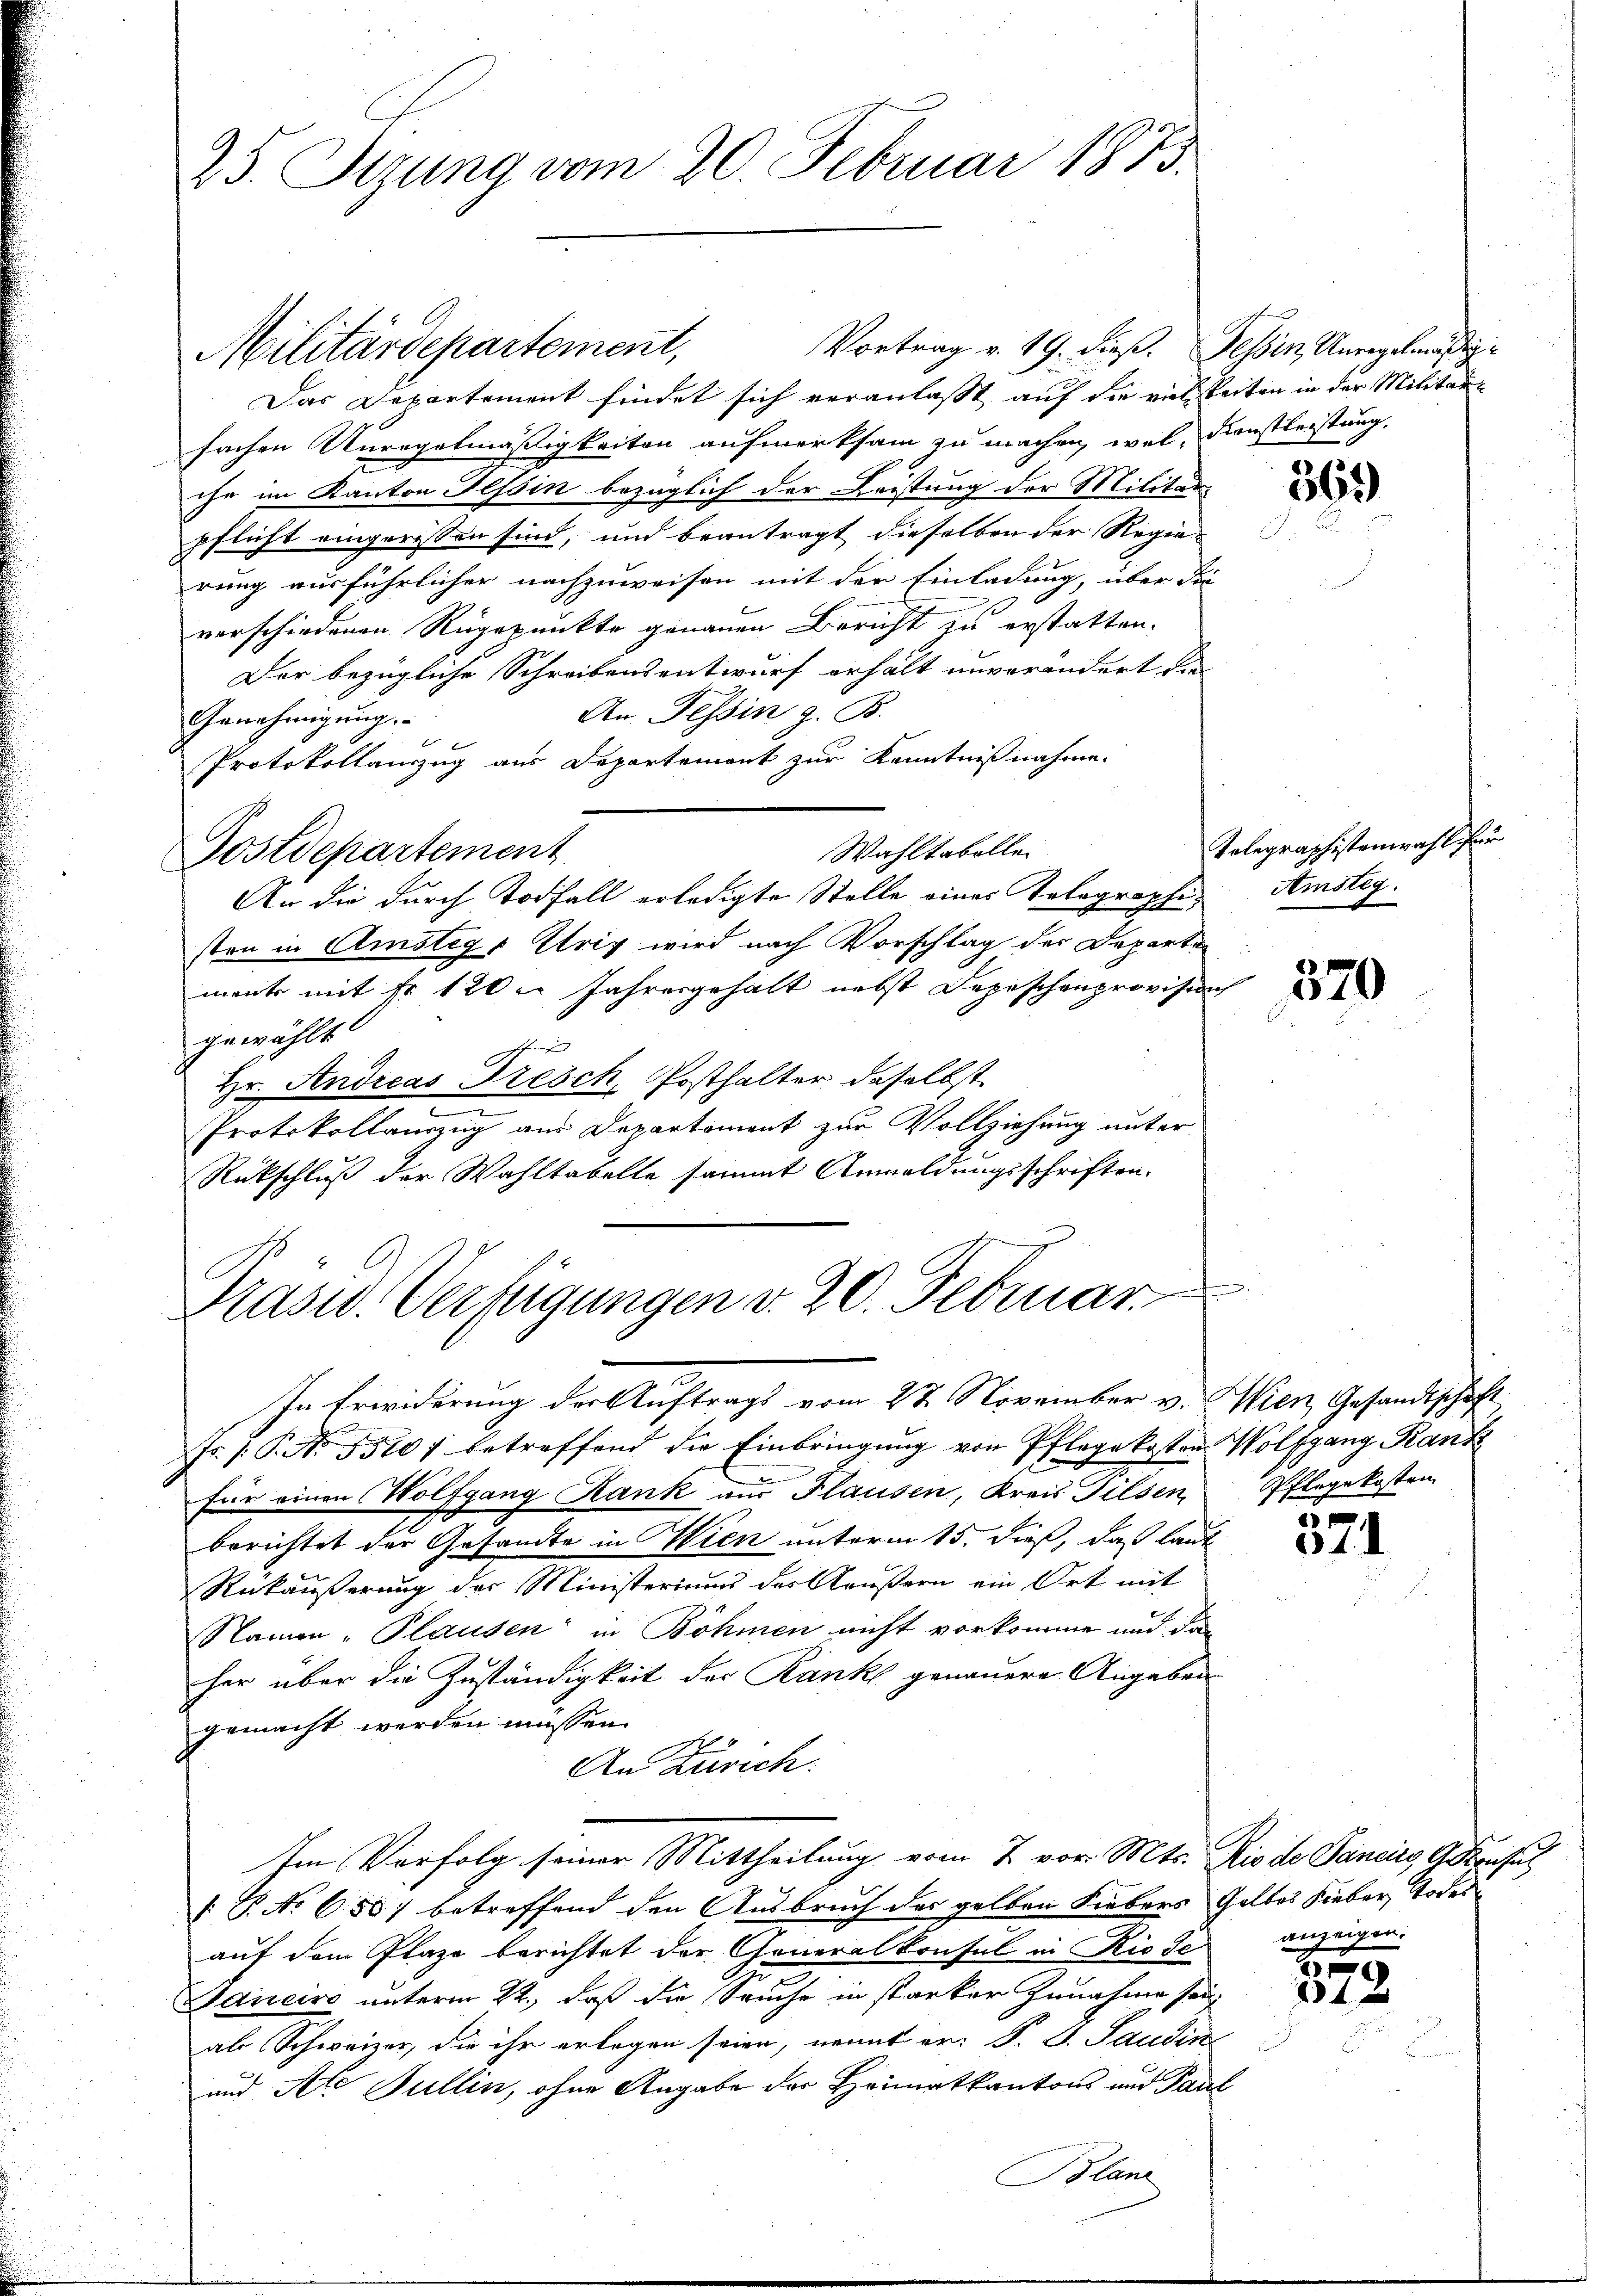
25. Setzung vom 20. Februar 1873.

Vortrag v. 19. dieß. Jehin Unregelmäßig
Das Departement findet sich veranlasst auf die vielseiten in der Militar-
fachen Unregelmäßigkeiten aufmerksam zu machen, wel, Dienstleistung.
ihr im Kanton Tessin bezüglich der Leistung der Militär-
pflicht eingerissen sind, und beantragt dieselben der Regie-
rung ausführlicher nachzuweisen mit der Einladung, über die
verschiedenen Rugepunkte genauen Bericht zu erstatten.
Der bezügliche Schreibensentwurf erhält unverändert die
An. Tessin z. B.
Genehmigung.
Protokollauszug aus Departemont zur Kenntnißnahme.
Wahltabelle
Postdepartement
An die durch Todfall erledigte Stelle eines Tolographisten in Amsteg, Ursy wird nach Vorschlag der Departe
mante mit Nr 120. Jahresgehalt nebst Depeschenprovision
gewählt.
b
Hr. Andreas Tresch, Posthalter daselbst
Protokollauszug aus Departement zur Vollziehung unter
Rückschluß der Wahltabelle sammt Anmeldungsschriften.

Militärdepartement,

Präsid. Verfügungen v. 20. Februar

In Erwiderung der Auftrags vom 27. November v. Wien, Gesandtschaft
fr. 1. P. Nr. 1510 f betreffend die Einbringŭng von Pflege kosten Wolfgang Rank
für einen Wolfgang Rank aus Flausen, Kreis Pilsen,
berichtet der Gesandte in Wien unterm 15. dieß, daß laut
Rükäußerung der Ministeriums des Käußern ein Ort mit
Namen -Plausen in Böhmen nicht vorkomme und dan
her über die Zuständigkeit der Ranke genauere Angaben
gemacht werden müssen.
An Zürich.
Im Verfolg seiner Mittheilung vom 7 vor. Mts. Rio de Dancirg, G. Konsul
B. No 658) betreffend den Ausbruch des gelben Fiebers Gelbes Lieber, Todesauf dem Plaze berichtet der Generalkonsul in Rio Se
Hancirs unterm 22., daß die Seuche in starker Zunahme sei
ab Schweizer, die ihr erlegen seien, nannt er: P. V. Paudine
und Ale Bullin, ohne Angabe der Heimatkantons und Paul
Blanz

369

Telegraphistenwahl für
Amsteg.

570

Pflegekosten

37

anzeigen.

6
x